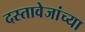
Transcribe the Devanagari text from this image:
दस्तावेजांच्या